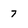
Character: 7